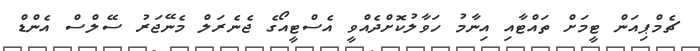
ޗެމްޕިއަން ޓީމަށް ތައްޓާއި އިނާމު ހަވާލުކޮށްދެއްވީ އެސްޓީއޯގެ ޖެނެރަލް މެނޭޖަރު ސޭލްސް އެންޑް